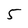
Character: 5